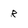
Character: R